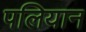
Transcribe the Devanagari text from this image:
पलियान